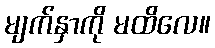
မျက်နှာကို မထိလေ။